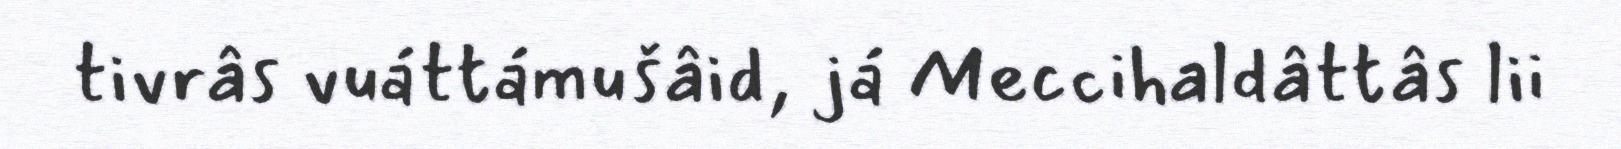
tivrâs vuáttámušâid, já Meccihaldâttâs lii